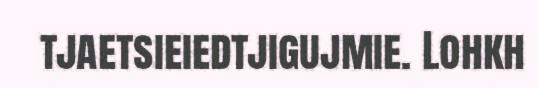
tjaetsieiedtjigujmie. Lohkh